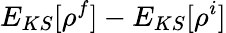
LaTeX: E_{KS}[\rho^{f}]-E_{KS}[\rho^{i}]